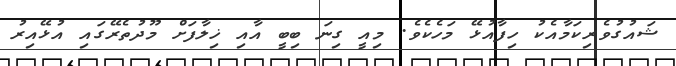
ޝައުގުވެރިކަމާއެކު ހިފާއުޅޭ މަހެކެވެ. މިއީ ގިނަ ބިބީ އާއި ޚިލާފަށް މޫދުތެރޭގައި އުޅޭއިރު